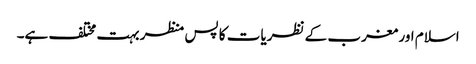
اسلام اور مغرب کے نظریات کا پس منظر بہت مختلف ہے۔